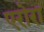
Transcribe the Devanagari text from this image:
एरोरा